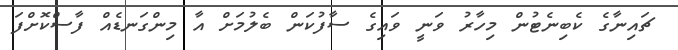
ޗައިނާގެ ކެބިނެޓުން މިހާރު ވަނީ ވައިގެ ސާފުކަން ބެލުމަށް އާ މިންގަނޑެއް ފާސްކޮށްފަ